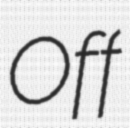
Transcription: Off